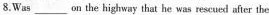
8.Was___ on the highway that he was rescued after the